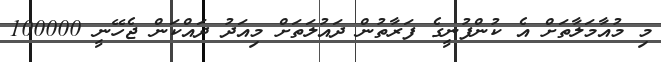
މި މުއާމަލާތަށް އެ ކުންފުނީގެ ފަރާތުން ދައުލަތަށް މިއަދު ދައްކަން ޖެހޭނީ 100000